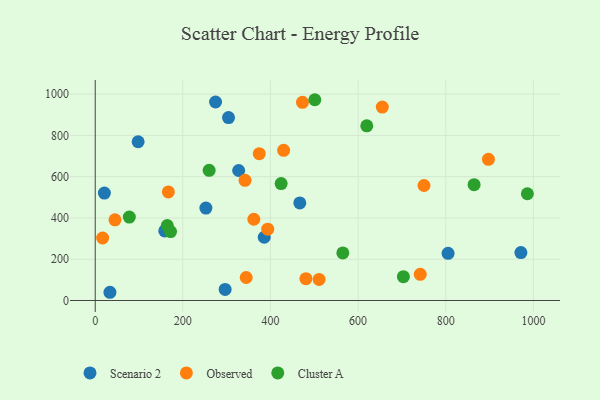
{"axis": {"x": "Ad Spend", "y": "Fuel Efficiency"}, "legend": ["Cluster A", "Observed", "Scenario 2"], "data": [{"x": "805.3", "y": 228.7, "type": "Scenario 2"}, {"x": "274.6", "y": 962.2, "type": "Scenario 2"}, {"x": "385.7", "y": 306.5, "type": "Scenario 2"}, {"x": "971.5", "y": 232.4, "type": "Scenario 2"}, {"x": "20.9", "y": 520.7, "type": "Scenario 2"}, {"x": "466.9", "y": 473.0, "type": "Scenario 2"}, {"x": "304.2", "y": 886.9, "type": "Scenario 2"}, {"x": "158.7", "y": 337.0, "type": "Scenario 2"}, {"x": "33.6", "y": 39.8, "type": "Scenario 2"}, {"x": "97.9", "y": 769.4, "type": "Scenario 2"}, {"x": "296.5", "y": 53.4, "type": "Scenario 2"}, {"x": "252.6", "y": 448.2, "type": "Scenario 2"}, {"x": "327.4", "y": 630.1, "type": "Scenario 2"}, {"x": "374.4", "y": 711.8, "type": "Observed"}, {"x": "750.4", "y": 557.5, "type": "Observed"}, {"x": "45.1", "y": 390.8, "type": "Observed"}, {"x": "166.9", "y": 526.3, "type": "Observed"}, {"x": "393.7", "y": 345.9, "type": "Observed"}, {"x": "741.8", "y": 126.6, "type": "Observed"}, {"x": "480.8", "y": 105.5, "type": "Observed"}, {"x": "473.0", "y": 960.5, "type": "Observed"}, {"x": "897.4", "y": 684.1, "type": "Observed"}, {"x": "341.9", "y": 582.7, "type": "Observed"}, {"x": "362.0", "y": 393.8, "type": "Observed"}, {"x": "510.9", "y": 102.2, "type": "Observed"}, {"x": "16.9", "y": 302.8, "type": "Observed"}, {"x": "655.2", "y": 937.6, "type": "Observed"}, {"x": "344.6", "y": 111.5, "type": "Observed"}, {"x": "430.0", "y": 727.9, "type": "Observed"}, {"x": "703.3", "y": 115.4, "type": "Cluster A"}, {"x": "171.9", "y": 333.9, "type": "Cluster A"}, {"x": "565.1", "y": 230.4, "type": "Cluster A"}, {"x": "619.8", "y": 846.9, "type": "Cluster A"}, {"x": "164.5", "y": 363.4, "type": "Cluster A"}, {"x": "864.7", "y": 561.2, "type": "Cluster A"}, {"x": "501.2", "y": 973.2, "type": "Cluster A"}, {"x": "986.3", "y": 517.5, "type": "Cluster A"}, {"x": "424.3", "y": 566.8, "type": "Cluster A"}, {"x": "260.0", "y": 631.0, "type": "Cluster A"}, {"x": "77.8", "y": 404.4, "type": "Cluster A"}]}